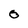
Character: O